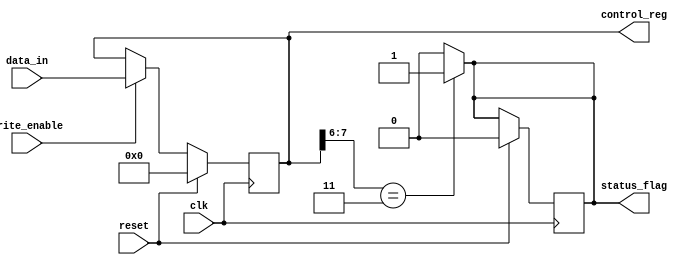
module ControlRegister (
    input wire clk,                // Clock signal
    input wire reset,              // Synchronous reset
    input wire write_enable,       // Write enable signal
    input wire [7:0] data_in,      // Data input for the register
    output reg [7:0] control_reg,  // Control Register output
    output reg status_flag         // Status flag output (example)
);

// Control Register Bit Definitions
localparam MODE_MASK = 8'b00000011; // Example mask for mode selection bits
localparam ENABLE_MASK = 8'b00001100; // Example mask for enable bits
localparam STATUS_MASK = 8'b11110000; // Example mask for status flags

// Synchronous Reset and Write Logic
always @(posedge clk) begin
    if (reset) begin
        // Reset the Control Register to a known state
        control_reg <= 8'b00000000; // Default state
        status_flag <= 1'b0;         // Clear status flag
    end else if (write_enable) begin
        // Update the Control Register with the input data
        control_reg <= data_in;
    end
end

// Example Logic for Status Flag (can be modified as needed)
always @(control_reg) begin
    // Set status_flag based on some conditions
    if (control_reg[7:6] == 2'b11) begin
        status_flag <= 1'b1; // Indicate error status
    end else begin
        status_flag <= 1'b0; // Clear error status
    end
end

endmodule